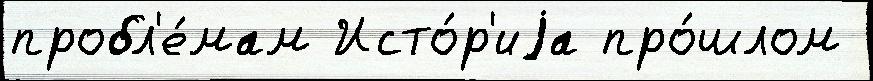
пробл'е́мам Исто́р'иjа про́шлом